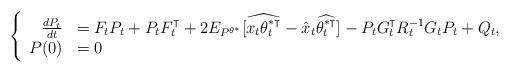
LaTeX: \begin{align*}\left\{\begin{array}[c]{rl}\frac{dP_{t}}{dt} & =F_{t}P_{t}+P_{t}F^{\intercal}_{t}+2E_{P^{\theta^{\ast}}}[\widehat{x_{t}\theta^{\ast\intercal}_{t}}-\hat{x}_{t}\widehat{\theta^{\ast\intercal}_{t}}]-P_{t}G^{\intercal}_{t}R^{-1}_{t}G_{t}P_{t}+Q_{t},\\P(0) & =0\end{array}\right. \end{align*}